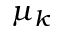
\mu _ { k }